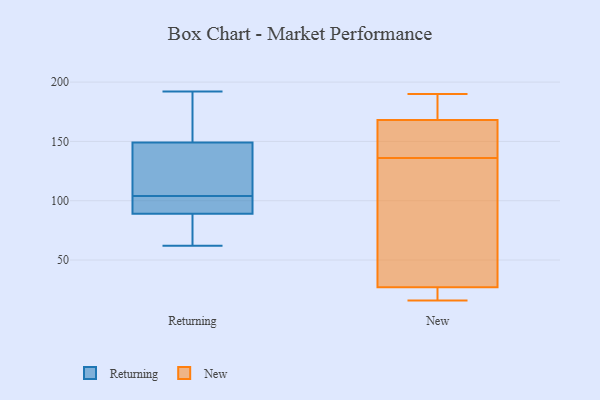
{"axis": {"x": "Page Views", "y": "Value"}, "legend": ["New", "Returning"], "data": [{"x": "", "y": 121, "type": "Returning"}, {"x": "", "y": 192, "type": "Returning"}, {"x": "", "y": 165, "type": "Returning"}, {"x": "", "y": 89, "type": "Returning"}, {"x": "", "y": 105, "type": "Returning"}, {"x": "", "y": 62, "type": "Returning"}, {"x": "", "y": 103, "type": "Returning"}, {"x": "", "y": 149, "type": "Returning"}, {"x": "", "y": 91, "type": "Returning"}, {"x": "", "y": 74, "type": "Returning"}, {"x": "", "y": 61, "type": "New"}, {"x": "", "y": 127, "type": "New"}, {"x": "", "y": 20, "type": "New"}, {"x": "", "y": 168, "type": "New"}, {"x": "", "y": 176, "type": "New"}, {"x": "", "y": 79, "type": "New"}, {"x": "", "y": 21, "type": "New"}, {"x": "", "y": 145, "type": "New"}, {"x": "", "y": 27, "type": "New"}, {"x": "", "y": 16, "type": "New"}, {"x": "", "y": 190, "type": "New"}, {"x": "", "y": 162, "type": "New"}, {"x": "", "y": 176, "type": "New"}, {"x": "", "y": 164, "type": "New"}]}